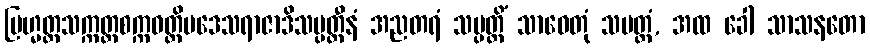
ဗြဟ္မတ္တသက္ကတ္တစက္ကဝတ္တိပဒေသရာဇာဒိသမ္ပတ္တီနံ အညတရံ သမ္ပတ္တိံ သာဓေတုံ သမတ္ထံ, အထ ခေါ သာသနတော